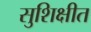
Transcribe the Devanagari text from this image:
सुशिक्षीत